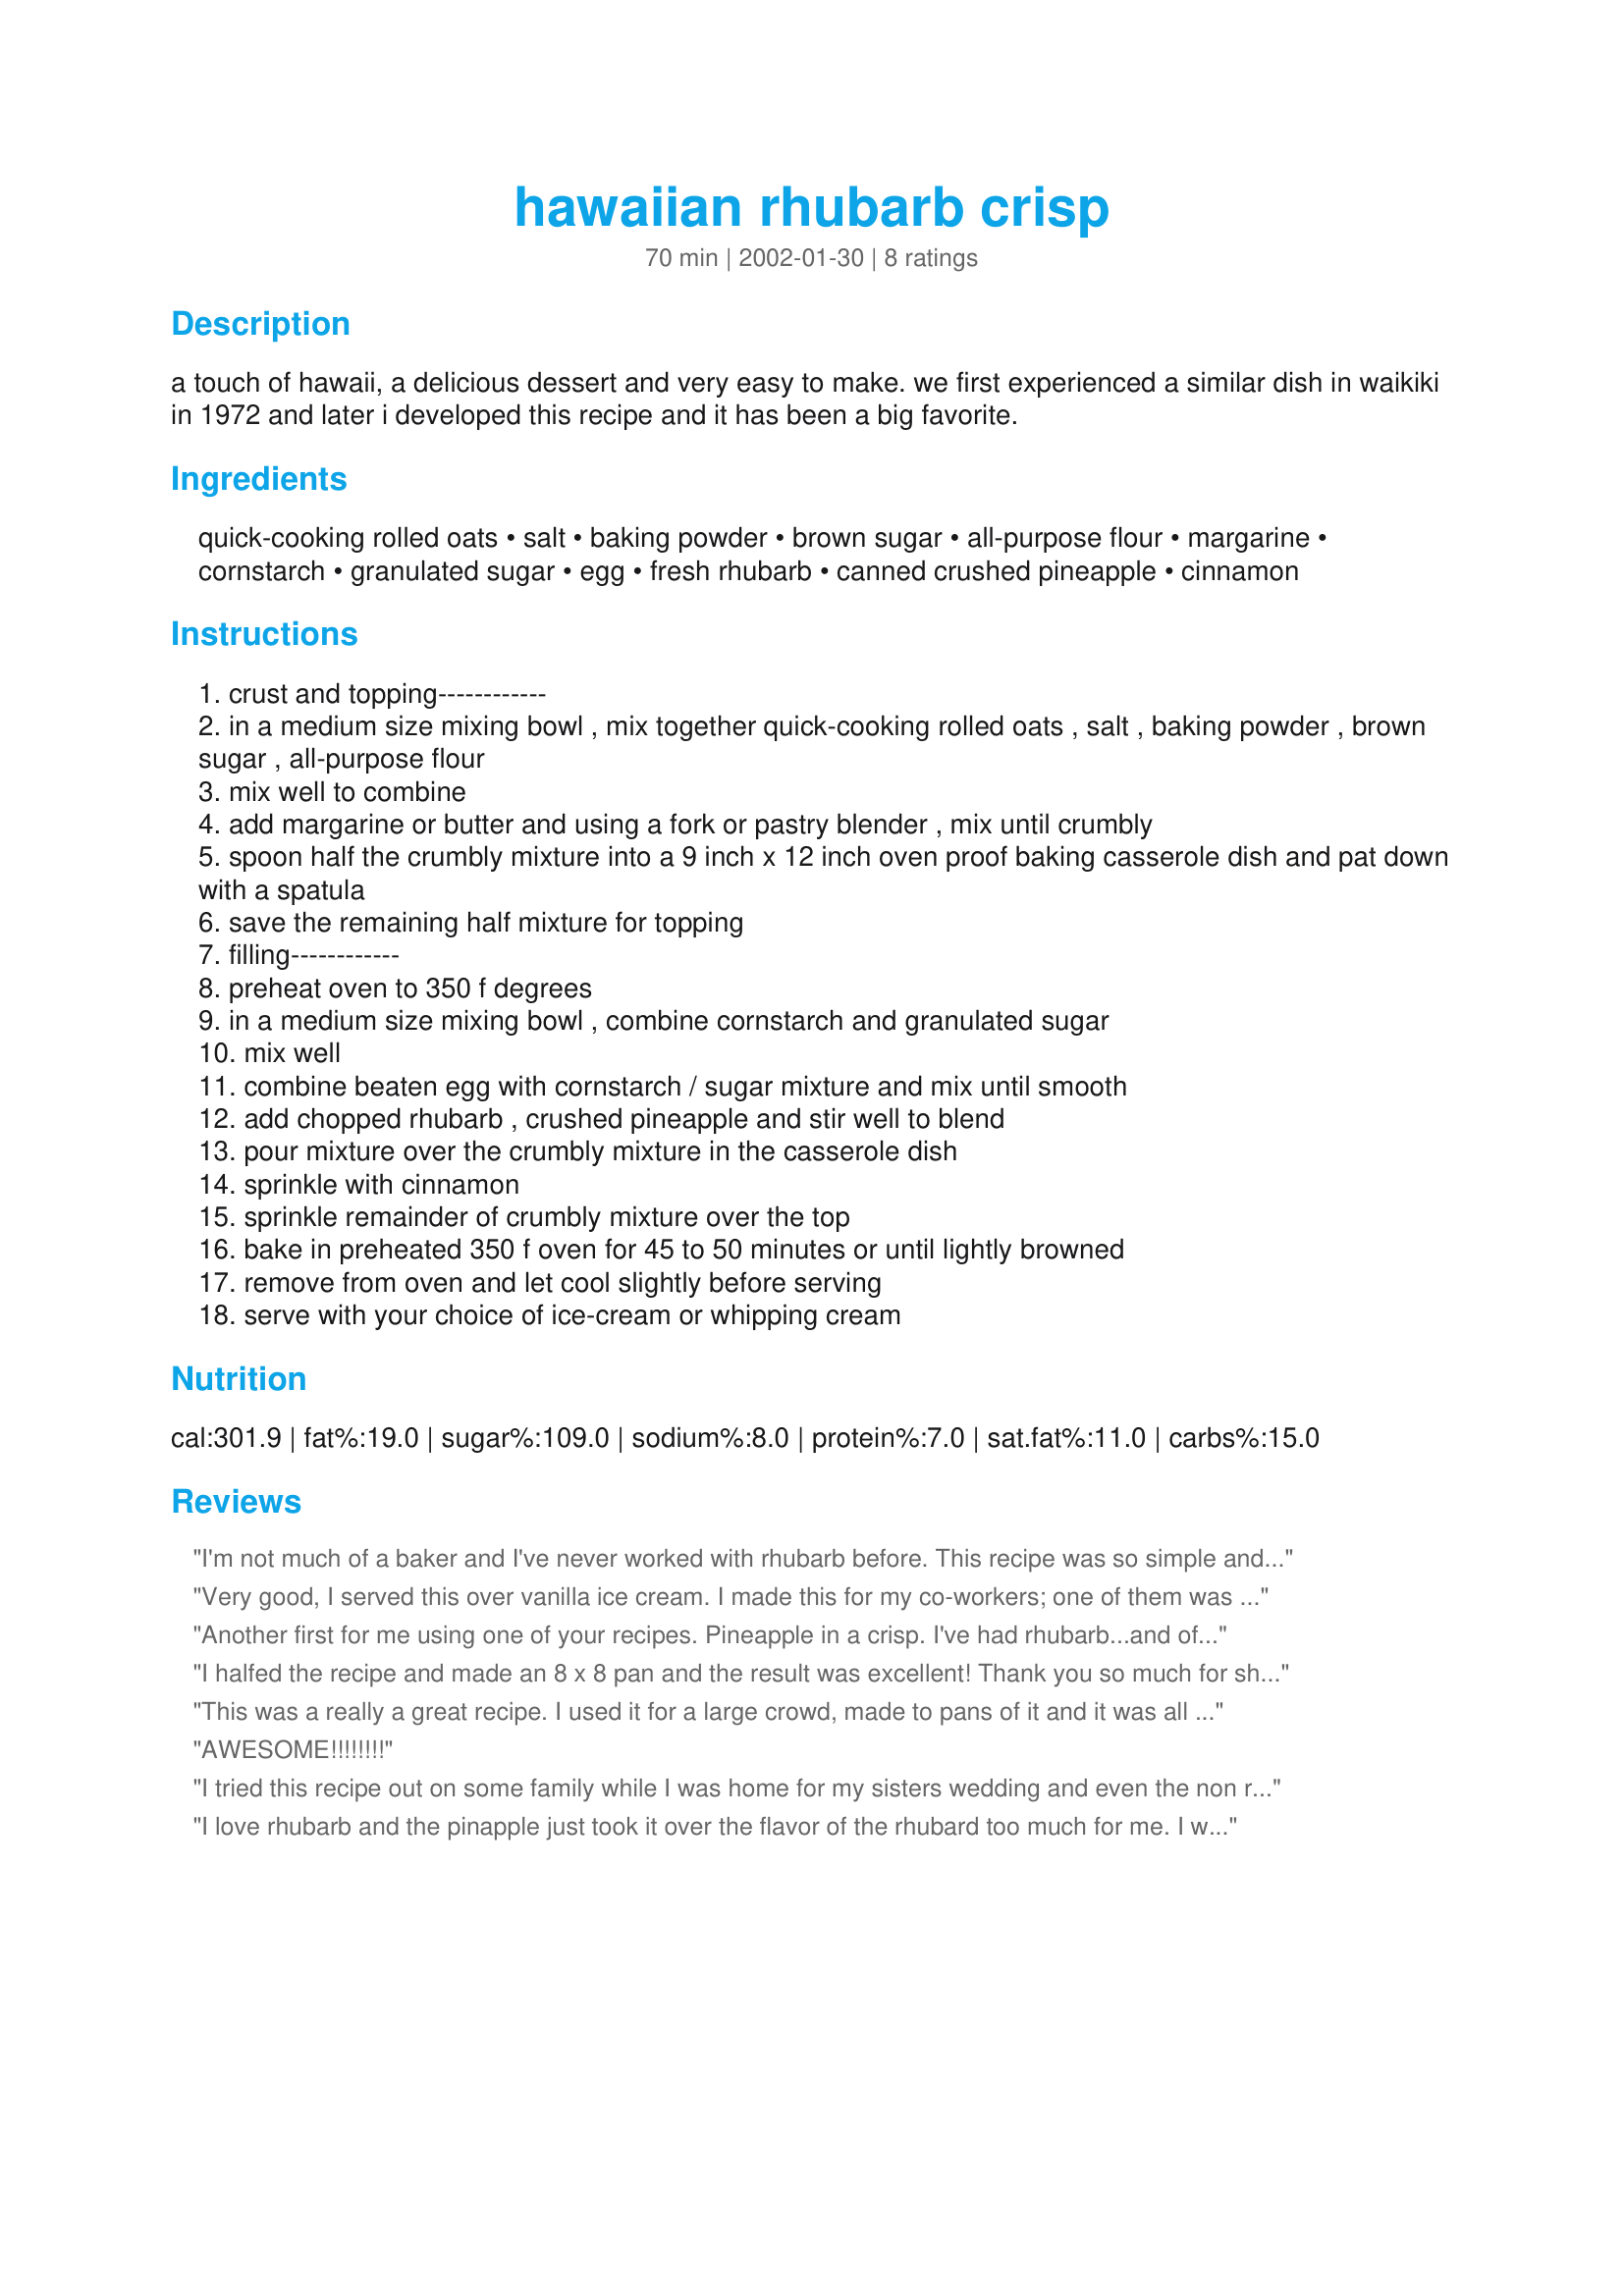
hawaiian rhubarb crisp
Preparation time: 70 minutes

a touch of hawaii, a delicious dessert and very easy to make. we first experienced a similar dish in waikiki in 1972 and later i developed this recipe and it has been a big favorite.

Ingredients:
quick-cooking rolled oats, salt, baking powder, brown sugar, all-purpose flour, margarine, cornstarch, granulated sugar, egg, fresh rhubarb, canned crushed pineapple, cinnamon

Steps:
crust and topping------------
in a medium size mixing bowl , mix together quick-cooking rolled oats , salt , baking powder , brown sugar , all-purpose flour
mix well to combine
add margarine or butter and using a fork or pastry blender , mix until crumbly
spoon half the crumbly mixture into a 9 inch x 12 inch oven proof baking casserole dish and pat down with a spatula
save the remaining half mixture for topping
filling------------
preheat oven to 350 f degrees
in a medium size mixing bowl , combine cornstarch and granulated sugar
mix well
combine beaten egg with cornstarch / sugar mixture and mix until smooth
add chopped rhubarb , crushed pineapple and stir well to blend
pour mixture over the crumbly mixture in the casserole dish
sprinkle with cinnamon
sprinkle remainder of crumbly mixture over the top
bake in preheated 350 f oven for 45 to 50 minutes or until lightly browned
remove from oven and let cool slightly before serving
serve with your choice of ice-cream or whipping cream

Reviews:
I'm not much of a baker and I've never worked with rhubarb before. This recipe was so simple and so delicious! Great for raising self-confidence in beginners.
Very good, I served this over vanilla ice cream. I made this for my co-workers; one of them was nice enough to give me fresh rhubarb from her garden to make this recipe. Me too, had an anti-rhubarb person who tried and liked it. Thanks for posting!
Another first for me using one of your recipes. Pineapple in a crisp. I've had rhubarb...and of course your strawberry crisp and so knew this wouldn't disappoint. What a unique flavor the pineapple brings to this recipe Bill. I cut the amounts in 1/2 and used an 8x8 inch baking pyrex baking pan. This is as good the next day when all you have to do is heat up a serving in the microwave for 10-15 seconds and add your scoop of vanilla icecream. Thanks!!!!
I halfed the recipe and made an 8 x 8 pan and the result was excellent! Thank you so much for sharing this recipe "Uncle Bill."
This was a really a great recipe. I used it for a large crowd, made to pans of it and it was all gone!!
Did add more rhubarb and used chunky pineapple cut in half instead of the crushed. Also, I sprayed the pan with Pam and it was very easy to remove. Had requests for the recipe!
AWESOME!!!!!!!!
I tried this recipe out on some family while I was home for my sisters wedding and even the non rhubarb fans thought it was great and wanted to know where to find the recipe.
I love rhubarb and the pinapple just took it over the flavor of the rhubard too much for me. I would recommend this dish to someone who isn't sure yet about enjoying rhubarb's unique flavor.
